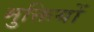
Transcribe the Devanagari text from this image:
मुक्तियों